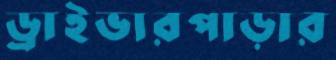
ড্রাইভারপাড়ার